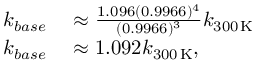
\begin{array} { r l } { k _ { b a s e } } & { { } \approx \frac { 1 . 0 9 6 ( 0 . 9 9 6 6 ) ^ { 4 } } { ( 0 . 9 9 6 6 ) ^ { 3 } } k _ { 3 0 0 \, \mathrm { K } } } \\ { k _ { b a s e } } & { { } \approx 1 . 0 9 2 k _ { 3 0 0 \, \mathrm { K } } , } \end{array}